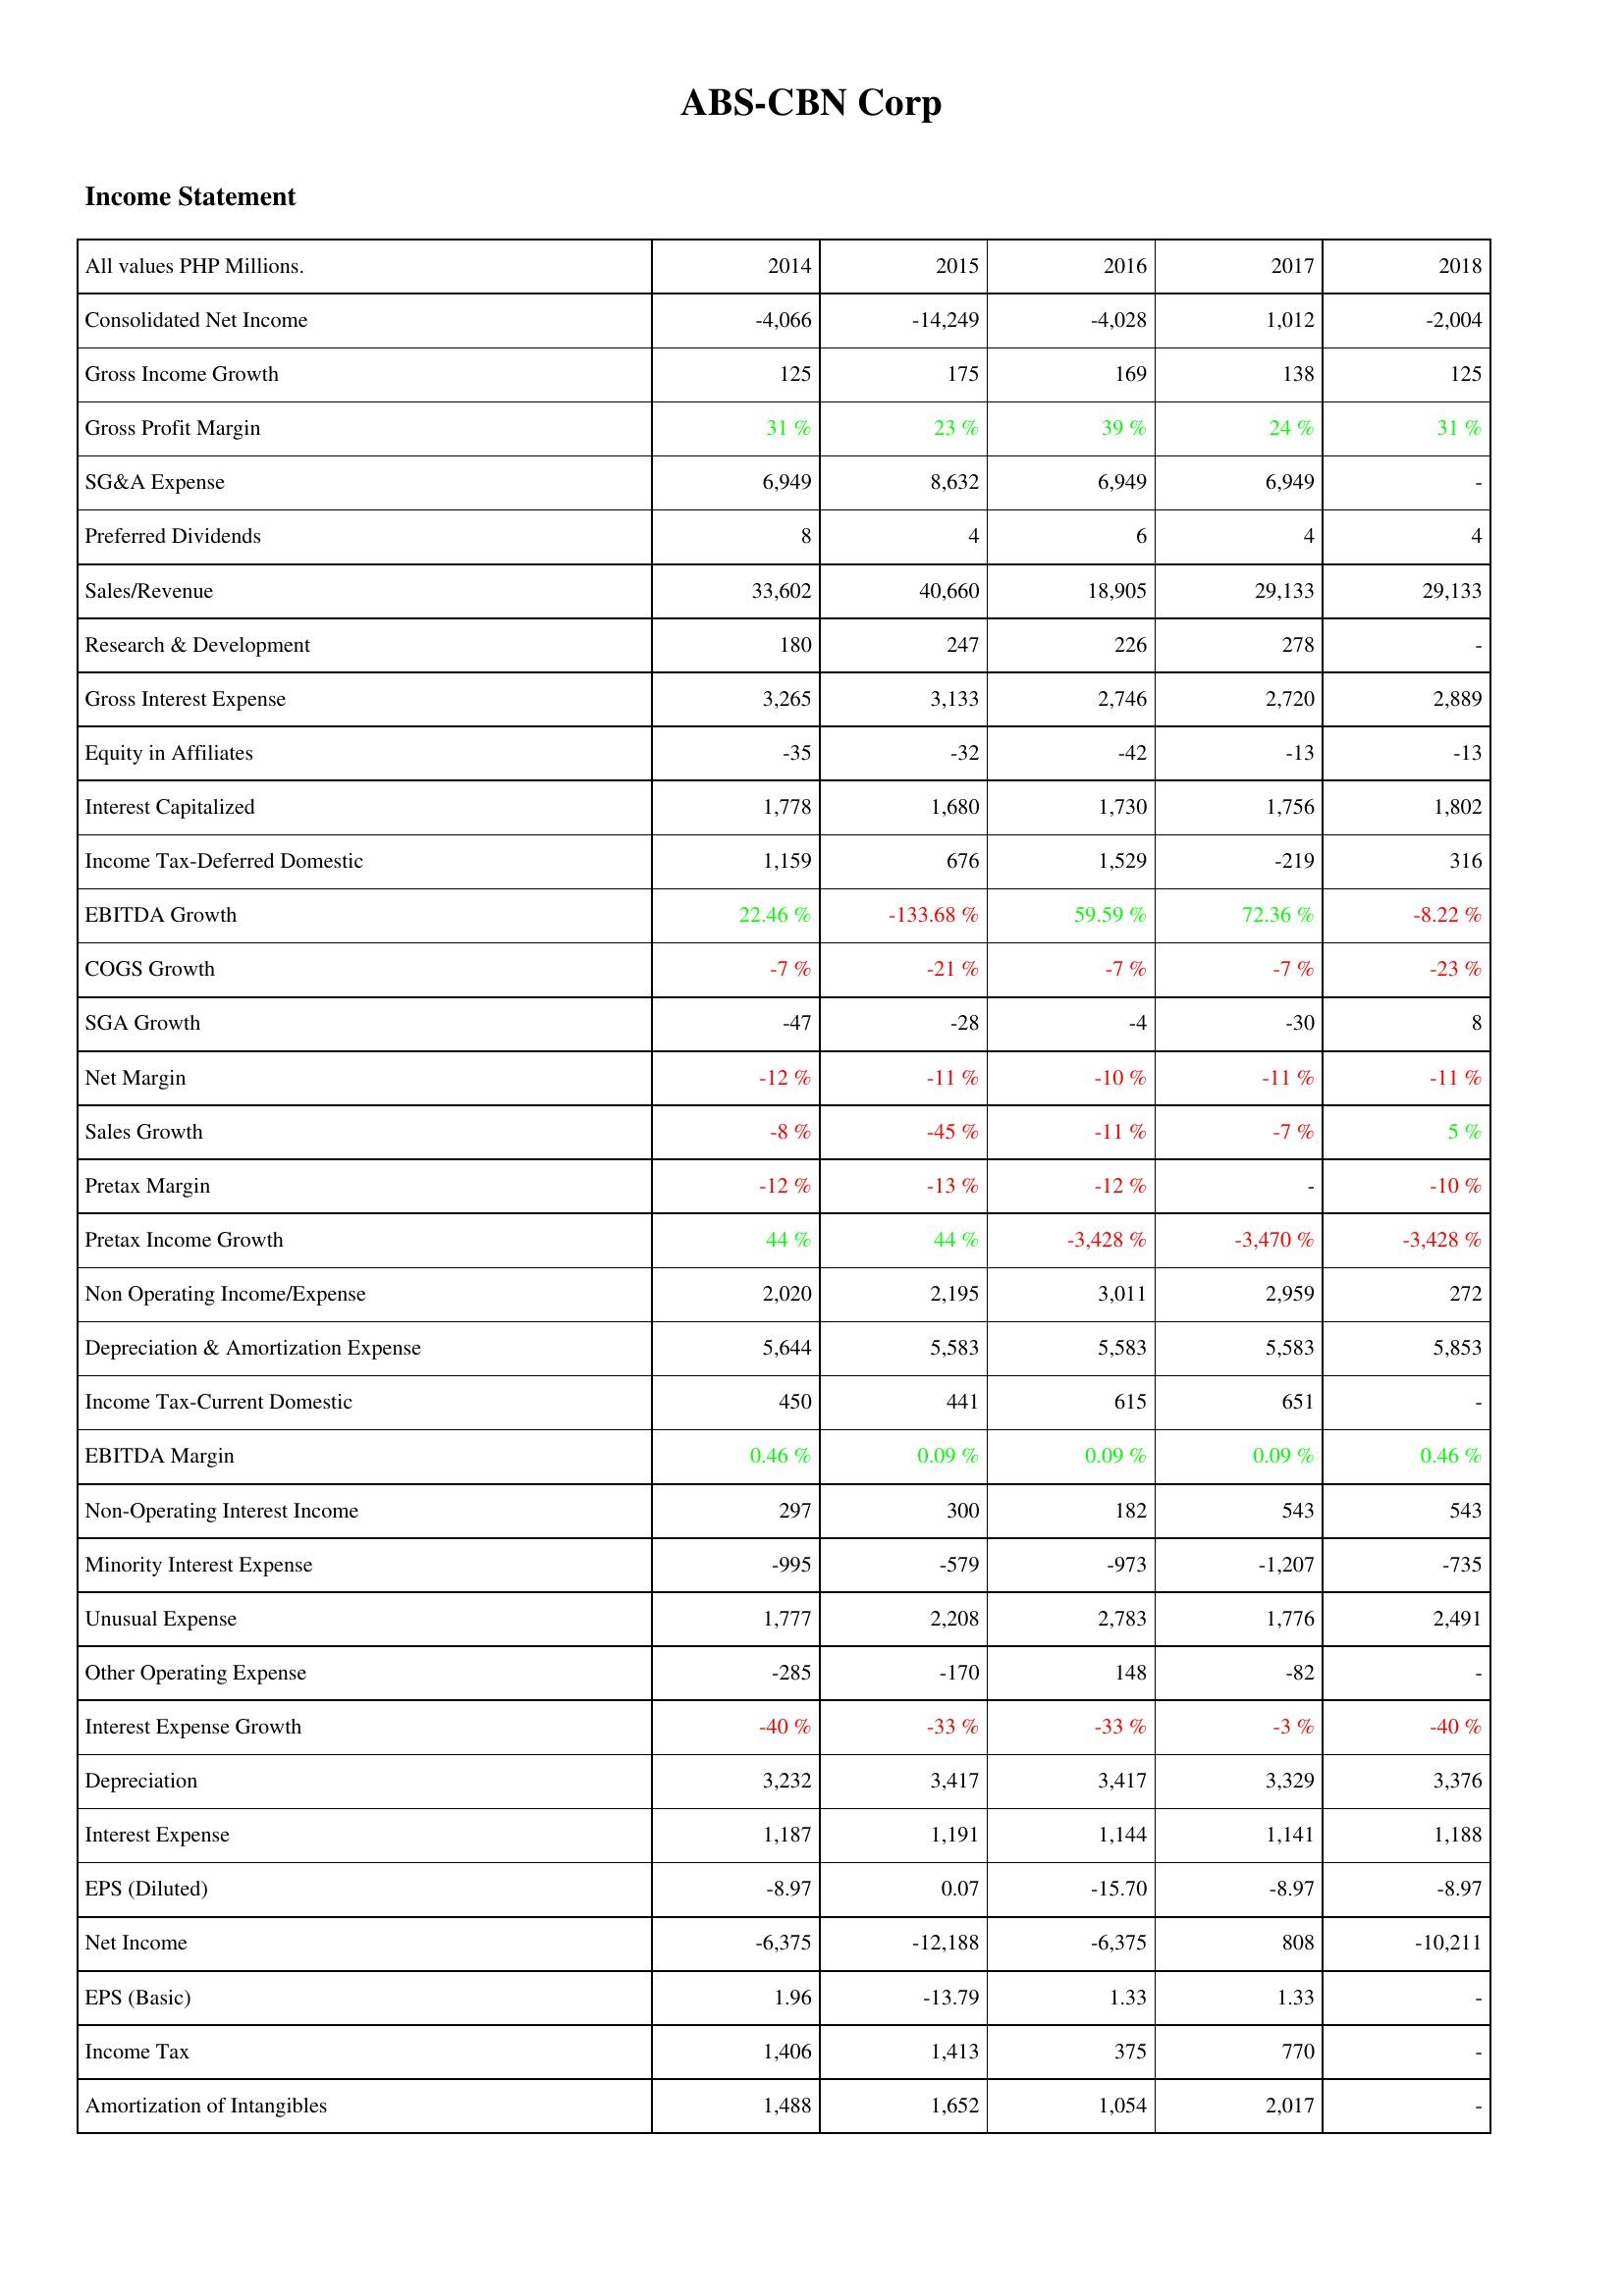
2014: Income Statement: Consolidated Net Income: -4,066
Gross Income Growth: 125
Gross Profit Margin: 31 %
SG&A Expense: 6,949
Preferred Dividends: 8
Sales/Revenue: 33,602
Research & Development: 180
Gross Interest Expense: 3,265
Equity in Affiliates: -35
Interest Capitalized: 1,778
Income Tax-Deferred Domestic: 1,159
EBITDA Growth: 22.46 %
COGS Growth: -7 %
SGA Growth: -47
Net Margin: -12 %
Sales Growth: -8 %
Pretax Margin: -12 %
Pretax Income Growth: 44 %
Non Operating Income/Expense: 2,020
Depreciation & Amortization Expense: 5,644
Income Tax-Current Domestic: 450
EBITDA Margin: 0.46 %
Non-Operating Interest Income: 297
Minority Interest Expense: -995
Unusual Expense: 1,777
Other Operating Expense: -285
Interest Expense Growth: -40 %
Depreciation: 3,232
Interest Expense: 1,187
EPS (Diluted): -8.97
Net Income: -6,375
EPS (Basic): 1.96
Income Tax: 1,406
Amortization of Intangibles: 1,488
2015: Income Statement: Consolidated Net Income: -14,249
Gross Income Growth: 175
Gross Profit Margin: 23 %
SG&A Expense: 8,632
Preferred Dividends: 4
Sales/Revenue: 40,660
Research & Development: 247
Gross Interest Expense: 3,133
Equity in Affiliates: -32
Interest Capitalized: 1,680
Income Tax-Deferred Domestic: 676
EBITDA Growth: -133.68 %
COGS Growth: -21 %
SGA Growth: -28
Net Margin: -11 %
Sales Growth: -45 %
Pretax Margin: -13 %
Pretax Income Growth: 44 %
Non Operating Income/Expense: 2,195
Depreciation & Amortization Expense: 5,583
Income Tax-Current Domestic: 441
EBITDA Margin: 0.09 %
Non-Operating Interest Income: 300
Minority Interest Expense: -579
Unusual Expense: 2,208
Other Operating Expense: -170
Interest Expense Growth: -33 %
Depreciation: 3,417
Interest Expense: 1,191
EPS (Diluted): 0.07
Net Income: -12,188
EPS (Basic): -13.79
Income Tax: 1,413
Amortization of Intangibles: 1,652
2016: Income Statement: Consolidated Net Income: -4,028
Gross Income Growth: 169
Gross Profit Margin: 39 %
SG&A Expense: 6,949
Preferred Dividends: 6
Sales/Revenue: 18,905
Research & Development: 226
Gross Interest Expense: 2,746
Equity in Affiliates: -42
Interest Capitalized: 1,730
Income Tax-Deferred Domestic: 1,529
EBITDA Growth: 59.59 %
COGS Growth: -7 %
SGA Growth: -4
Net Margin: -10 %
Sales Growth: -11 %
Pretax Margin: -12 %
Pretax Income Growth: -3,428 %
Non Operating Income/Expense: 3,011
Depreciation & Amortization Expense: 5,583
Income Tax-Current Domestic: 615
EBITDA Margin: 0.09 %
Non-Operating Interest Income: 182
Minority Interest Expense: -973
Unusual Expense: 2,783
Other Operating Expense: 148
Interest Expense Growth: -33 %
Depreciation: 3,417
Interest Expense: 1,144
EPS (Diluted): -15.70
Net Income: -6,375
EPS (Basic): 1.33
Income Tax: 375
Amortization of Intangibles: 1,054
2017: Income Statement: Consolidated Net Income: 1,012
Gross Income Growth: 138
Gross Profit Margin: 24 %
SG&A Expense: 6,949
Preferred Dividends: 4
Sales/Revenue: 29,133
Research & Development: 278
Gross Interest Expense: 2,720
Equity in Affiliates: -13
Interest Capitalized: 1,756
Income Tax-Deferred Domestic: -219
EBITDA Growth: 72.36 %
COGS Growth: -7 %
SGA Growth: -30
Net Margin: -11 %
Sales Growth: -7 %
Pretax Margin: -
Pretax Income Growth: -3,470 %
Non Operating Income/Expense: 2,959
Depreciation & Amortization Expense: 5,583
Income Tax-Current Domestic: 651
EBITDA Margin: 0.09 %
Non-Operating Interest Income: 543
Minority Interest Expense: -1,207
Unusual Expense: 1,776
Other Operating Expense: -82
Interest Expense Growth: -3 %
Depreciation: 3,329
Interest Expense: 1,141
EPS (Diluted): -8.97
Net Income: 808
EPS (Basic): 1.33
Income Tax: 770
Amortization of Intangibles: 2,017
2018: Income Statement: Consolidated Net Income: -2,004
Gross Income Growth: 125
Gross Profit Margin: 31 %
SG&A Expense: -
Preferred Dividends: 4
Sales/Revenue: 29,133
Research & Development: -
Gross Interest Expense: 2,889
Equity in Affiliates: -13
Interest Capitalized: 1,802
Income Tax-Deferred Domestic: 316
EBITDA Growth: -8.22 %
COGS Growth: -23 %
SGA Growth: 8
Net Margin: -11 %
Sales Growth: 5 %
Pretax Margin: -10 %
Pretax Income Growth: -3,428 %
Non Operating Income/Expense: 272
Depreciation & Amortization Expense: 5,853
Income Tax-Current Domestic: -
EBITDA Margin: 0.46 %
Non-Operating Interest Income: 543
Minority Interest Expense: -735
Unusual Expense: 2,491
Other Operating Expense: -
Interest Expense Growth: -40 %
Depreciation: 3,376
Interest Expense: 1,188
EPS (Diluted): -8.97
Net Income: -10,211
EPS (Basic): -
Income Tax: -
Amortization of Intangibles: -